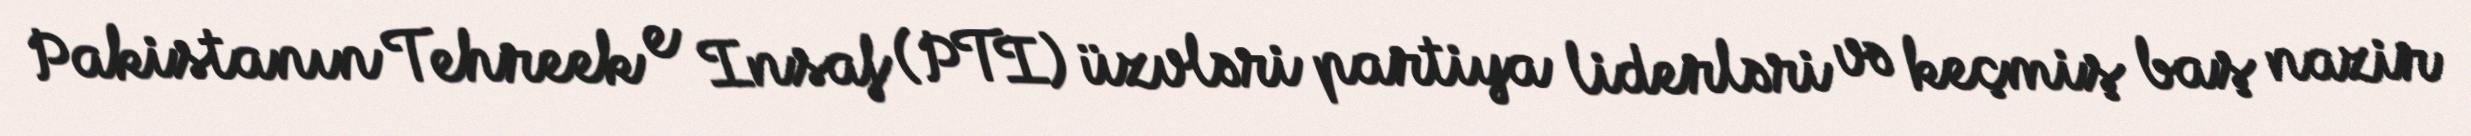
Pakistanın Tehreek e Insaf (PTI) üzvləri partiya liderləri və keçmiş baş nazir